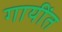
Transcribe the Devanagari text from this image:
गायींत